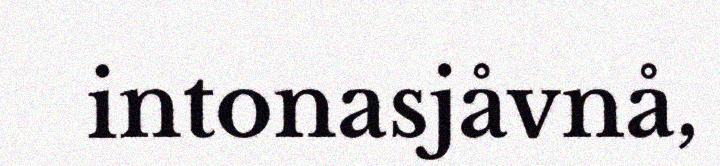
intonasjåvnå,